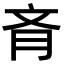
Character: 𦙟